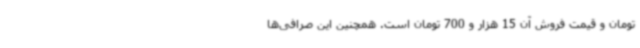
تومان و قیمت فروش آن 15 هزار و 700 تومان است. همچنین این صرافی‌ها